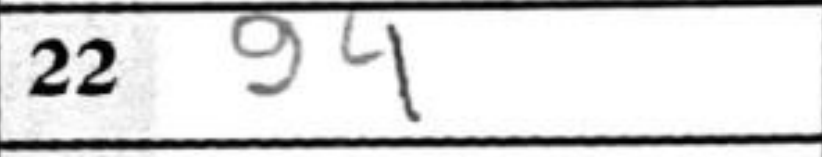
Transcription: g4